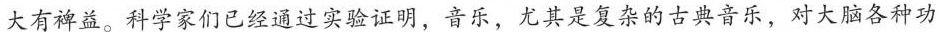
大有裨益。科学家们已经通过实验证明，音乐，尤其是复杂的古典音乐，对大脑各种功